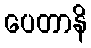
ပေတာနိ